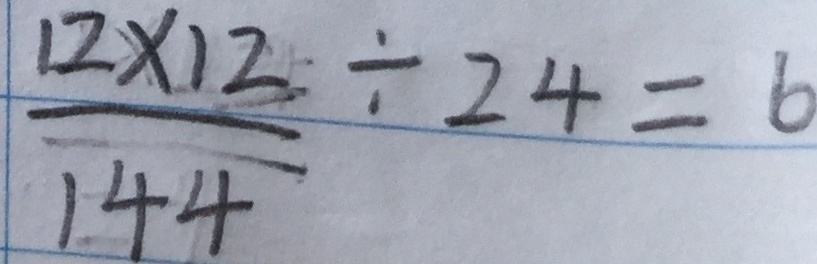
\frac { 1 2 \times 1 2 } { 1 4 4 } \div 2 4 = 6